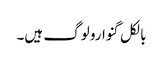
بالکل گنوارو لوگ ہیں۔